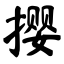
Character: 撄